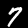
Digit: 7